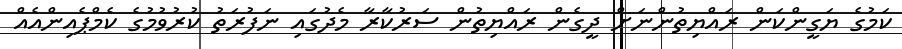
ކަމުގެ ޔަގީންކަން ރައްޔިތުންނަށް ދީގެން ރައްޔިތުން ސަރުކާރާ މެދުގައި ނަފުރަތު ކުރުވުމުގެ ކެމްޕެއިންއެއް